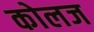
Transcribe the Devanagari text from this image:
कोलज